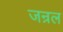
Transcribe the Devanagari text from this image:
जन्रल